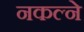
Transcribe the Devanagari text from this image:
नकल्ने